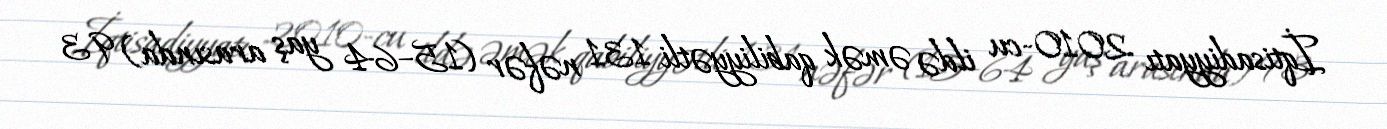
İqtisadiyyatı 2010-cu ildə əmək qabiliyyətli 131 nəfər (15–64 yaş arasında) 93